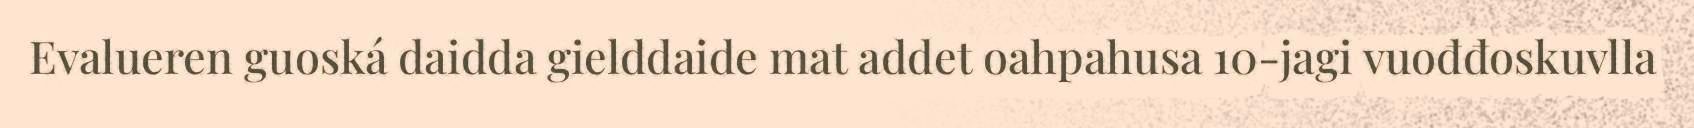
Evalueren guoská daidda gielddaide mat addet oahpahusa 10-jagi vuođđoskuvlla